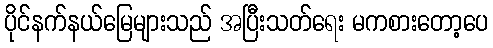
ပိုင်နက်နယ်မြေများသည် အပြီးသတ်ရေး မကစားတော့ပေ